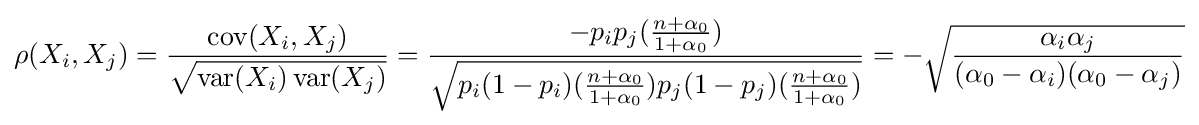
\rho (X_{i},X_{j})={\frac {\operatorname {cov} (X_{i},X_{j})}{\sqrt {\operatorname {var} (X_{i})\operatorname {var} (X_{j})}}}={\frac {-p_{i}p_{j}({\frac {n+\alpha _{0}}{1+\alpha _{0}}})}{\sqrt {p_{i}(1-p_{i})({\frac {n+\alpha _{0}}{1+\alpha _{0}}})p_{j}(1-p_{j})({\frac {n+\alpha _{0}}{1+\alpha _{0}}})}}}=-{\sqrt {\frac {\alpha _{i}\alpha _{j}}{(\alpha _{0}-\alpha _{i})(\alpha _{0}-\alpha _{j})}}}